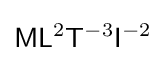
{\mathsf {M}}{\mathsf {L}}^{2}{\mathsf {T}}^{-3}{\mathsf {I}}^{-2}